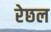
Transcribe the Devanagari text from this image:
रेछल